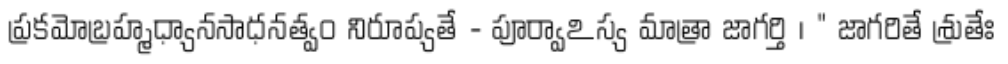
ప్రకమోబ్రహ్మధ్యానసాధనత్వం నిరూప్యతే - పూర్వాఽస్య మాత్రా జాగర్తి । " జాగరితే శ్రుతేః